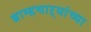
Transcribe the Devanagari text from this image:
ब्राम्हचाऱ्यांच्या